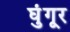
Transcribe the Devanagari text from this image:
घुंगूर